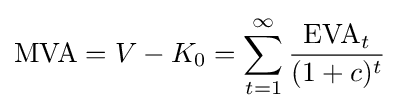
{\text{MVA}}=V-K_{0}=\sum _{t=1}^{\infty }{{\text{EVA}}_{t} \over (1+c)^{t}}